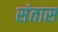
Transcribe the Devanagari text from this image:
संतास